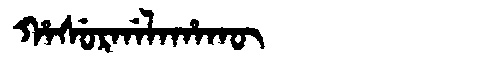
Manchu: ᡥᠠᠰᡠᡵᡤᠠᠯᠠᡥᠠᡴᡡ
Romanization: HASURGALAHAKŪ